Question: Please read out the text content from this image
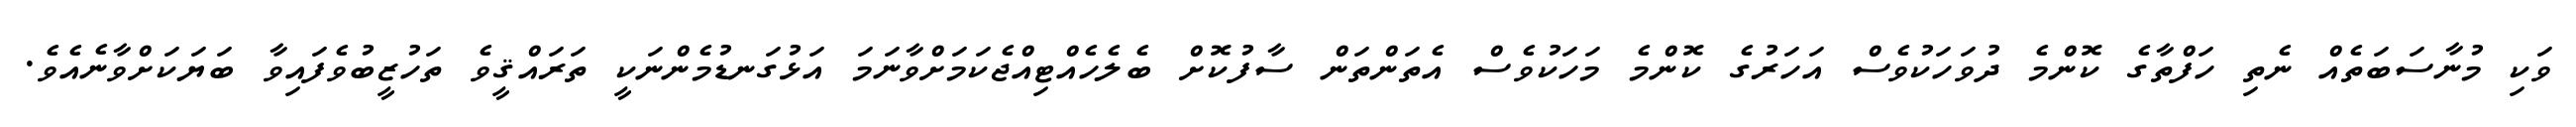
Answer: ވަކި މުނާސަބަތެއް ނެތި ހަފްތާގެ ކޮންމެ ދުވަހަކުވެސް އަހަރުގެ ކޮންމެ މަހަކުވެސް އެތަންތަން ސާފުކޮށް ބެލެހެއްޓިއްޖެކަމަށްވާނަމަ އަޅުގަނޑުމެންނަކީ ތަރައްޤީވެ ތަހުޒީބުވެފައިވާ ބަޔަކަށްވާނެއެވެ.